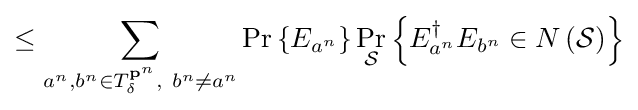
\leq \sum _{a^{n},b^{n}\in T_{\delta }^{\mathbf {p} ^{n}},\ b^{n}\neq a^{n}}\Pr \left\{E_{a^{n}}\right\}\Pr _{\mathcal {S}}\left\{E_{a^{n}}^{\dagger }E_{b^{n}}\in N\left({\mathcal {S}}\right)\right\}